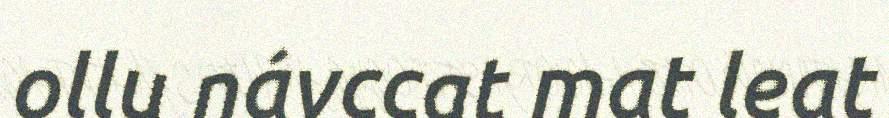
ollu návccat mat leat